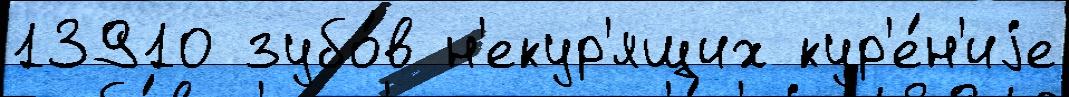
13910 зубо́в н'екур'ящих кур'е́н'иjе